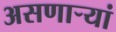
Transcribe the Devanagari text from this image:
असणाऱ्यां